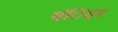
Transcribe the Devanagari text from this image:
मंिदर